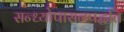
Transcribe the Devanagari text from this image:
सन्ध्याेपासनपद्धति